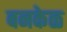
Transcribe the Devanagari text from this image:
बनकेळ